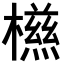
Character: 𣜑